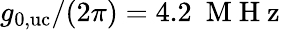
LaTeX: g_{\mathrm{0,uc}}/(2\pi)=4.2\ \mathrm{~M~H~z~}